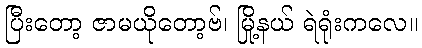
ပြီးတော့ ဇာမယိုတော့ဗ်၊ မြို့နယ် ရဲရုံးကလေ။